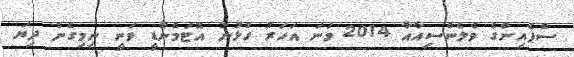
ސްޕެއިންގެ ވެލެންސިއާއާ 2014 ވަނަ އަހަރު ގުޅުނު އޮޓަމެންޑީ ވަނީ ނިމިގެން ދިޔަ